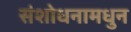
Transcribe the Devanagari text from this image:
संशोधनामधुन